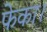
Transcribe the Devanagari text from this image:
फेका।